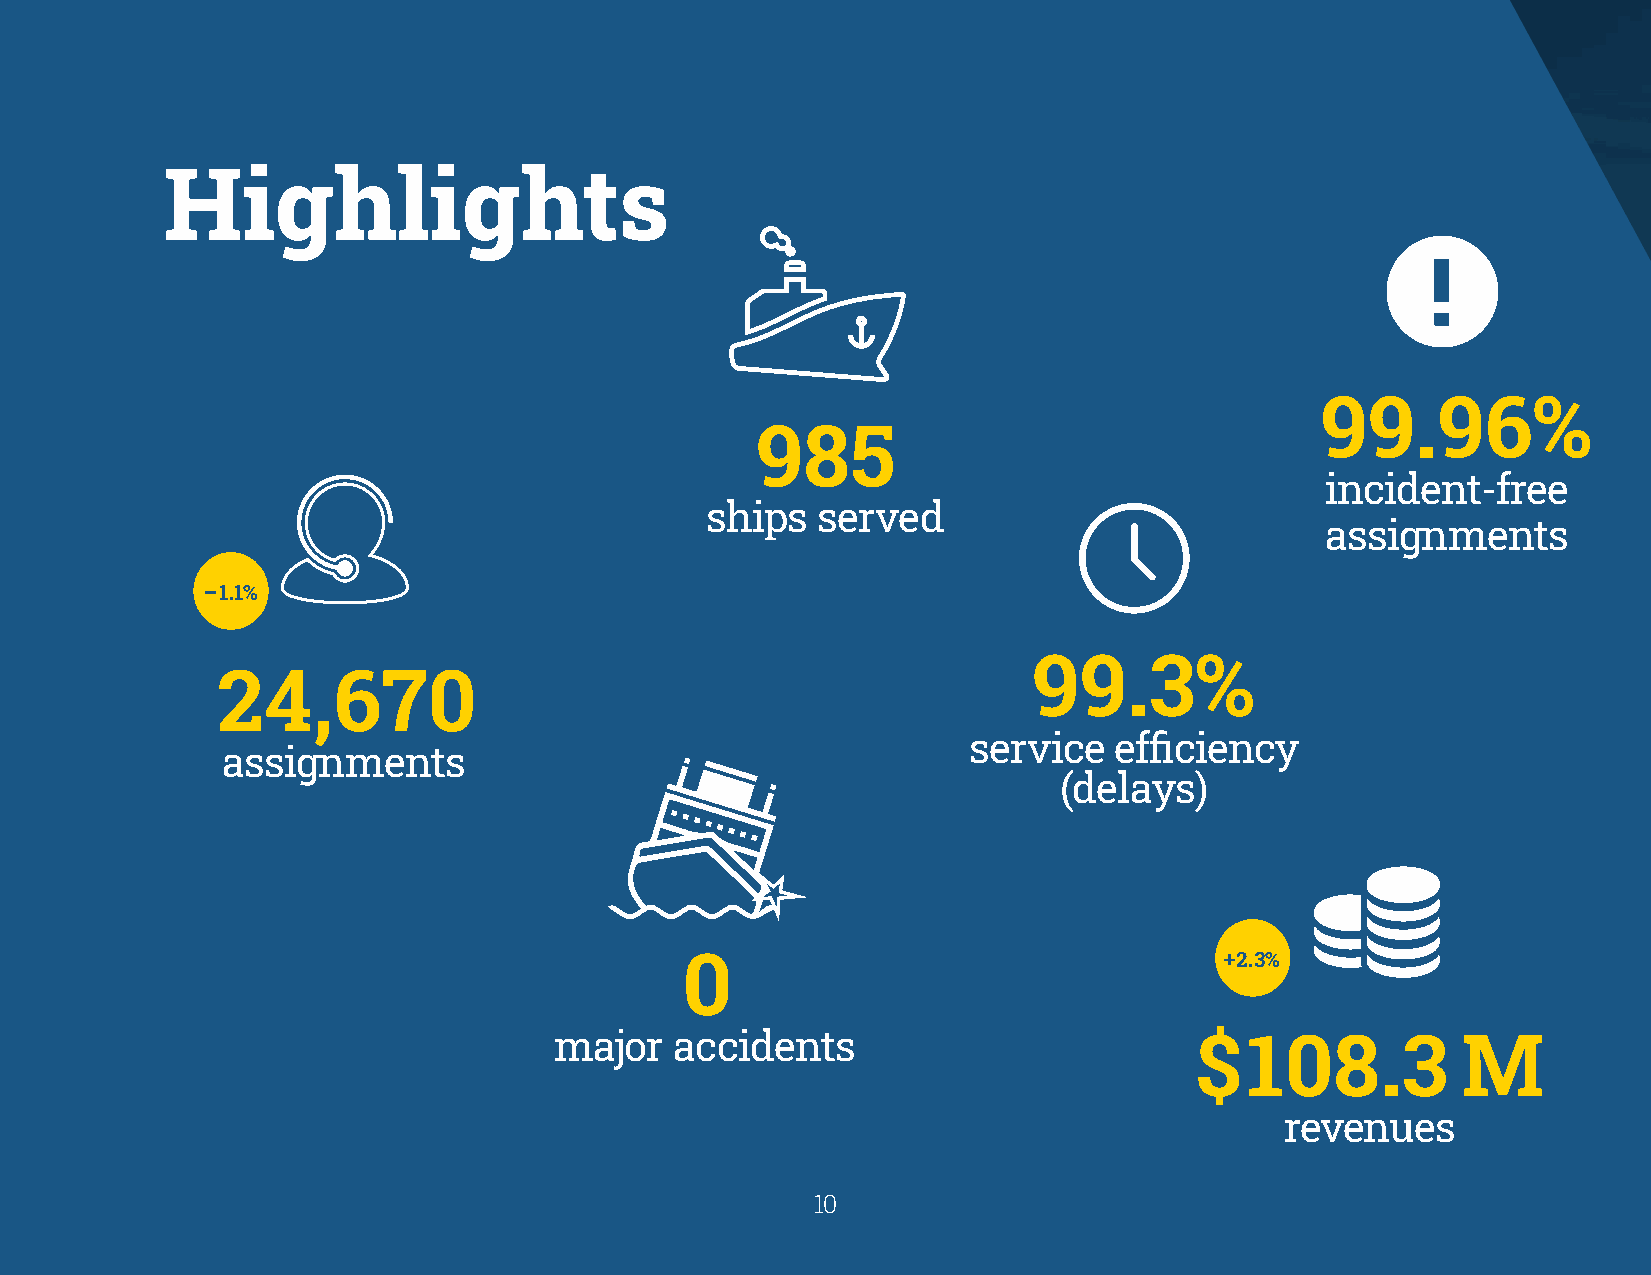
Highlights
 !
 99.96%
 985
 incident-free
 ships  served
 assignments
 – 1.1%
 99.3%
 24,670
 service   efficiency
 assignments
 (delays)
 0                                   + 2.3%
 major   accidents                         $108.3            M
 revenues
 1100